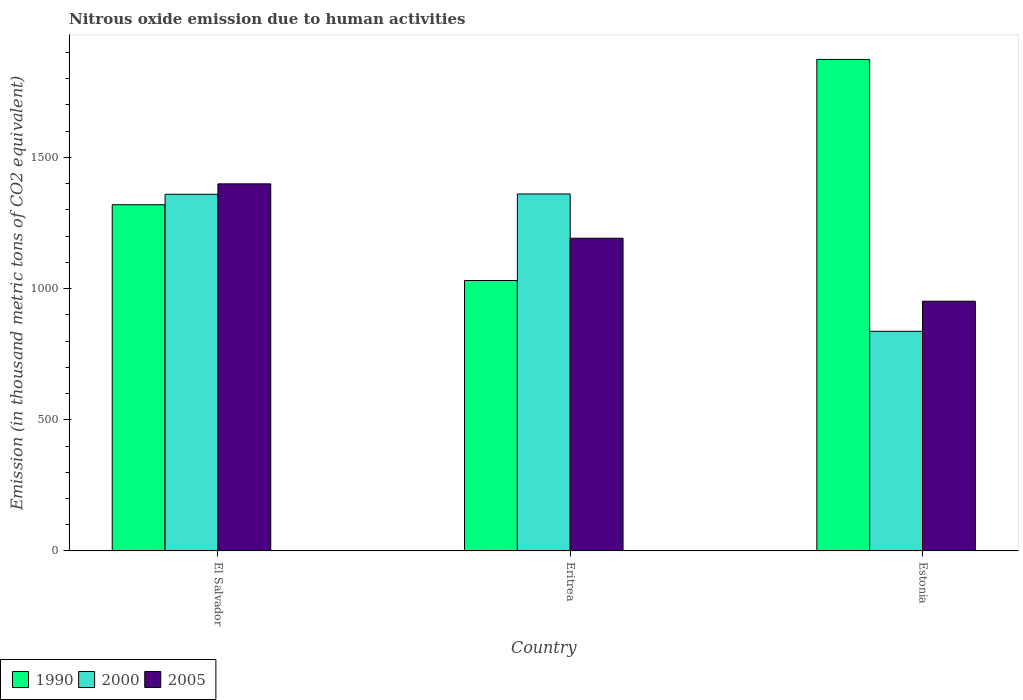
| Country | 1990 | 2000 | 2005 |
 | --- | --- | --- | --- |
 | El Salvador | 1.32e+03 | 1.36e+03 | 1.4e+03 |
 | Eritrea | 1.03e+03 | 1.36e+03 | 1.19e+03 |
 | Estonia | 1.87e+03 | 837 | 952 |